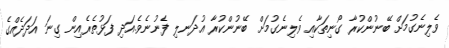
ވެލިނެގުމަށް ބޭނުންކުރާ ގޯނިތަކާއި ވެލިނެގުމަށް ބޭނުންކުރާ އުދަނލި ފެނުނެވެ.އަދި ފަޅުތެރެއިން ގިނަ އަދަދެއްގެ